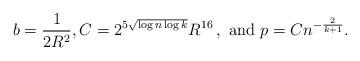
LaTeX: \begin{align*} b=\frac{1}{2R^{2}}, C=2^{5\sqrt{\log n\log k}}R^{16}\,, \mbox{ and }p=Cn^{-\frac{2}{k+1}}. \end{align*}